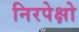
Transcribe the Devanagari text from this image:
निरपेक्षो